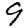
Digit: 9